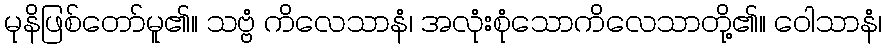
မုနိဖြစ်တော်မူ၏။ သဗ္ဗံ ကိလေသာနံ၊ အလုံးစုံသောကိလေသာတို့၏။ ဝေါသာနံ၊